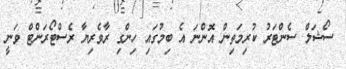
ސޯޝަލް ސެންޓަރު ކުރިމަތިން އޮންނަ އެ ބިމުގައި ހިންގި ރާވެރިޔާ ރެސްޓޯރަންޓް ވަނީ